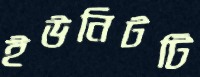
ইউনিটটি